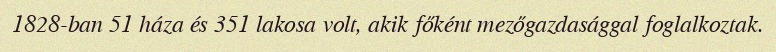
1828-ban 51 háza és 351 lakosa volt, akik főként mezőgazdasággal foglalkoztak.